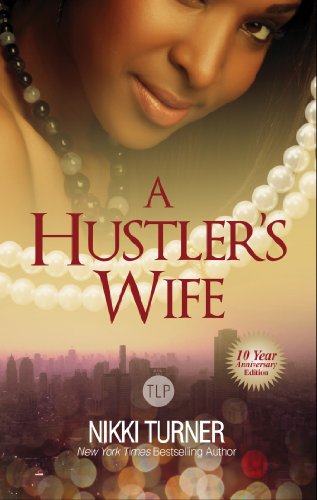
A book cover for A Hustler's Wife (Urban Books); Nikki Turner; Literature & Fiction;